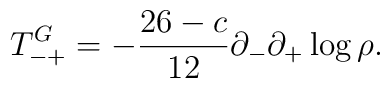
T_{-+}^{G} =-\frac{26-c}{12} \partial _{-} \partial _{+} \log \rho .